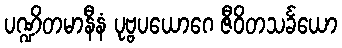
ပဏ္ဍိတမာနီနံ ပုဗ္ဗပယောဂေ ဇီဝိတသင်္ခယော